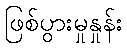
ဖြစ်ပွားမှုနှုန်း